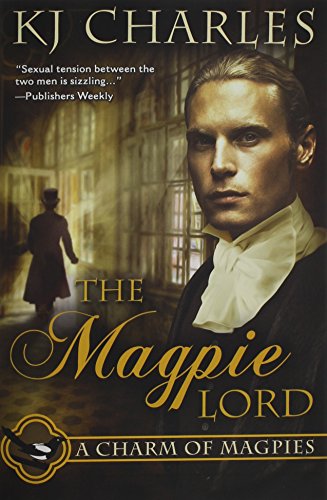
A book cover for The Magpie Lord; K. J. Charles; Romance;